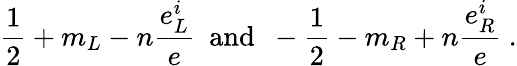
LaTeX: \frac{1}{2}+m_{L}-n\frac{e_{L}^{i}}{e}~~\mathrm{and}~~-\frac{1}{2}-m_{R}+n\frac{e_{R}^{i}}{e}~.